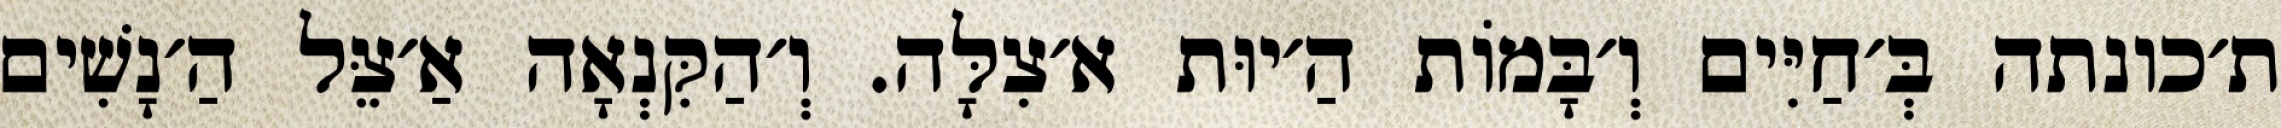
ת׳כונתה בְּ׳חַיִּים וְ׳בָּמוֹת הַ׳יוּת א׳צִלָּה. וְ׳הַקִּנְאָה אַ׳צֵּל הַ׳נָשִׁים